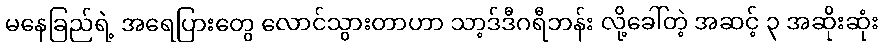
မနေခြည်ရဲ့ အရေပြားတွေ လောင်သွားတာဟာ သာ့ဒ်ဒီဂရီဘန်း လို့ခေါ်တဲ့ အဆင့် ၃ အဆိုးဆုံး